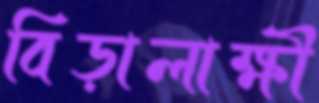
বিড়ালাক্ষী